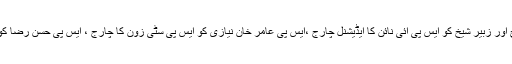
ایس پی لیاقت نیازی کو اے آئی جی اسپیشل برانچ اور زبیر شیخ کو ایس پی آئی نائن کا ایڈیشنل چارج ،ایس پی عامر خان نیازی کو ایس پی سٹی زون کا چارج ، ایس پی حسن رضا کو ایس پی ڈی پی ڈی کا اضافی چارج دے دیا گیا۔